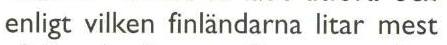
enligt vilken finländarna litar mest